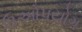
ઉઓપયોગ